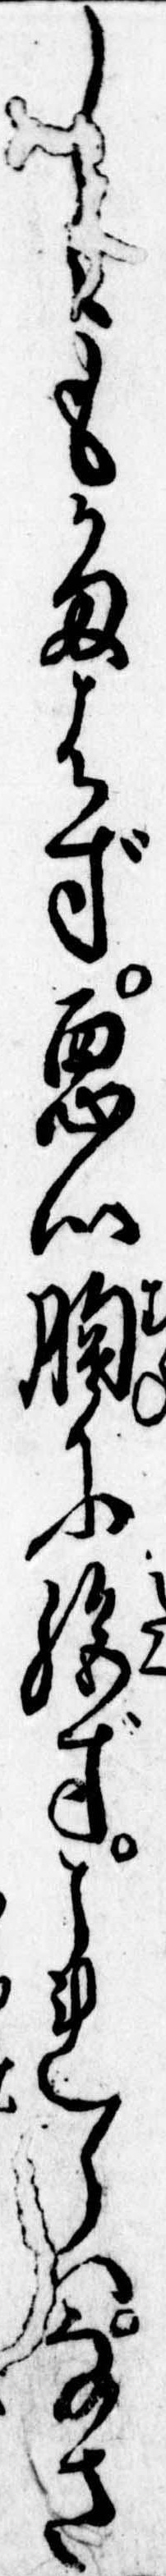
しもかまはず悪心胸に絶ずこれらはなさ